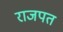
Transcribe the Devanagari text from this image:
राजपत